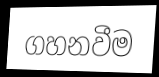
ගහනවීම